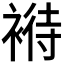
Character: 𧛶